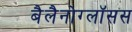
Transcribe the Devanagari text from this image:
बैलैनोग्लॉसस